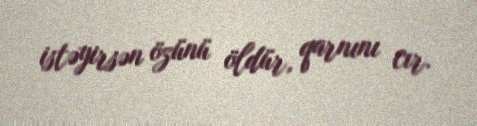
istəyirsən özünü öldür, qarnını cır.